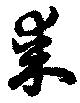
某